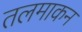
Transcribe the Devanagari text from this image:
तलमाकन